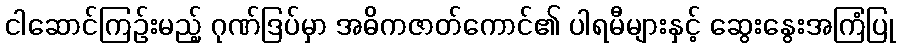
ငါဆောင်ကြဉ်းမည့် ဂုဏ်ဒြပ်မှာ အဓိကဇာတ်ကောင်၏ ပါရမီများနှင့် ဆွေးနွေးအကြံပြု